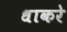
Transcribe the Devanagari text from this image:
धाकरे